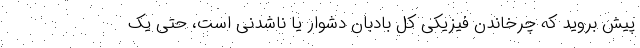
پیش بروید که چرخاندن فیزیکی کل بادبان دشوار یا ناشدنی است، حتی یک